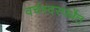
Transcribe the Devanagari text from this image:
वर्चस्वस्पर्धेत